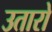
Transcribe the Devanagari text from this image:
उतारो